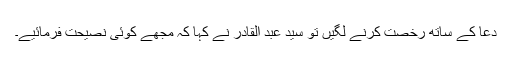
دعا کے ساتھ رخصت کرنے لگیں تو سید عبد القادر نے کہا کہ مجھے کوئی نصیحت فرمائیے۔